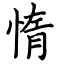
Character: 惰